Lunatic asylums Madras 1892-1911 - 1892-1911
Year: 1892
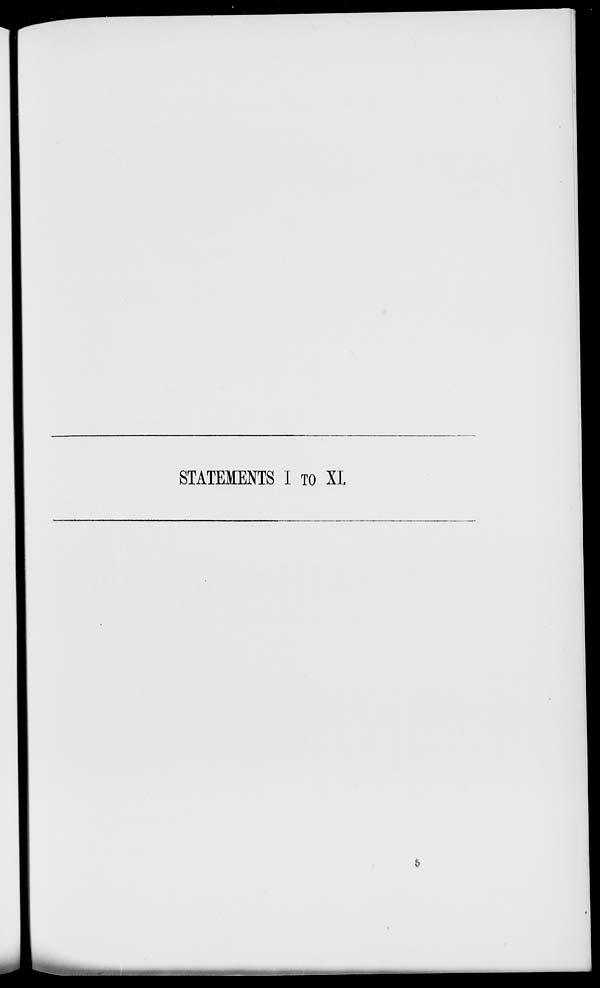
STATEMENTS I TO XI.